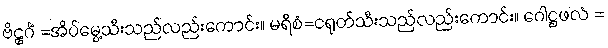
ဗိဠင်္ဂံ =အိပ်မွေ့သီးသည်လည်းကောင်း။ မရိစံ=ငရုတ်သီးသည်လည်းကောင်း။ ဂေါဋ္ဌဖလံ =